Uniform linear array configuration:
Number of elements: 32
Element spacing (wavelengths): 1
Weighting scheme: exponential
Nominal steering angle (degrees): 45
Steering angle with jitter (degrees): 43.497
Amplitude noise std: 0.05
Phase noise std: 0.05

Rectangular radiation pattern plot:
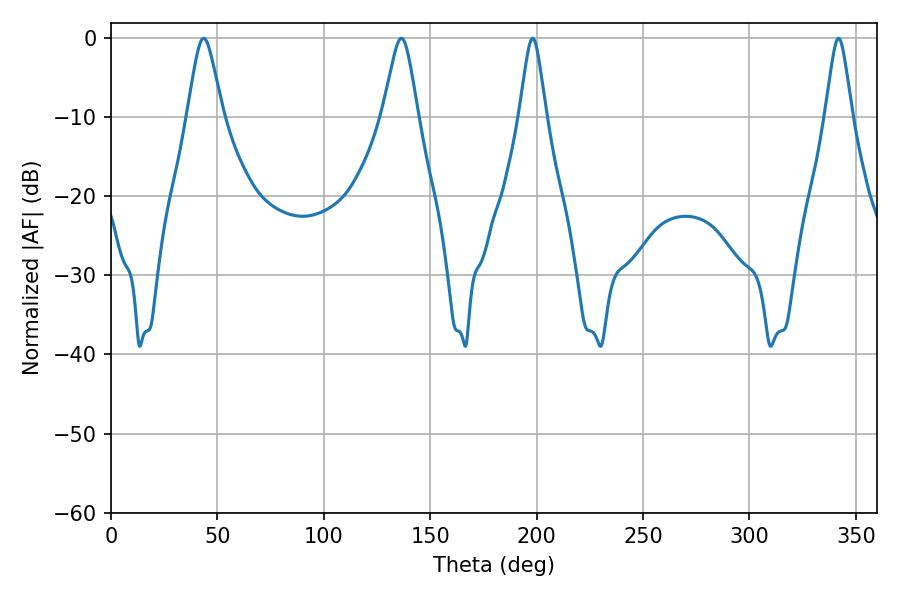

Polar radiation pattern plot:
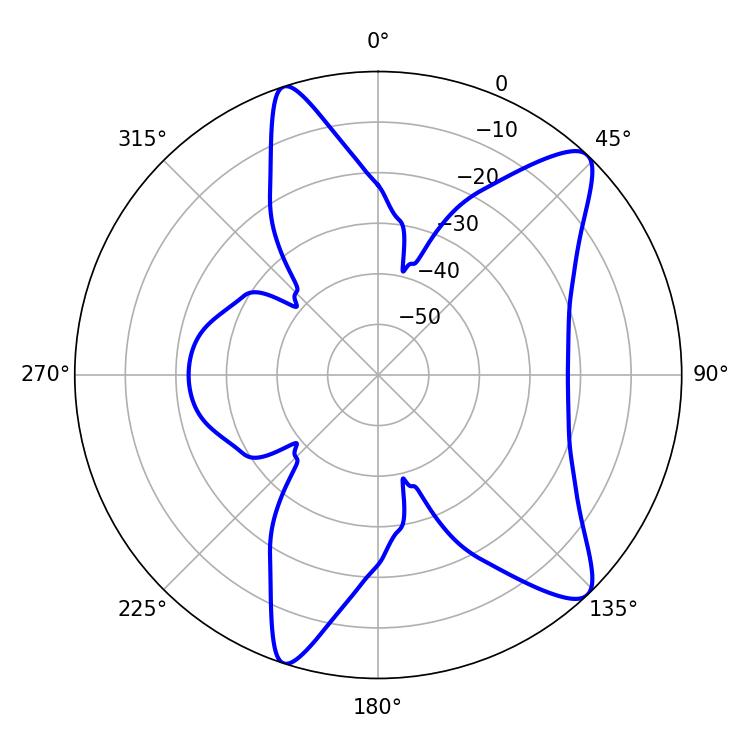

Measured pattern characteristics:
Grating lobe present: TRUE
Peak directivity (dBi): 10.918
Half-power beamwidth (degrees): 7.92
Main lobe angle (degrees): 43.56